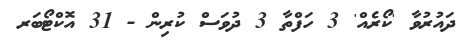
ދައުރުވާ 'ކޯރެއް' 3 ހަފްތާ 3 ދުވަސް ކުރިން - 31 އޮކްޓޯބަރ